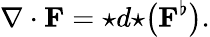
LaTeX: \nabla\cdot{\mathbf{F}}={\star}d{\star}{\big(}{\mathbf{F}}^{\flat}{\big)}.